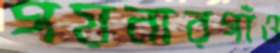
গয়নারগাঁও